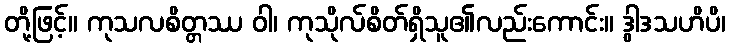
တို့ဖြင့်။ ကုသလစိတ္တဿ ဝါ၊ ကုသိုလ်စိတ်ရှိသူ၏လည်းကောင်း။ ဒွါဒသဟိပိ၊